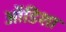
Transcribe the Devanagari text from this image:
ऑडिशा